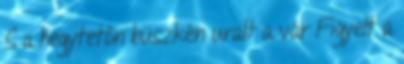
S a hegytetőn büszkén uralt a vár Figyelt a